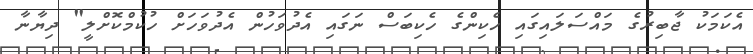
އެކަމަކު ޖާބިރުގެ މައްސަލައިގައި ހެކިންގެ ހެކިބަސް ނަގައި އެދުވަހުން އެދުވަހަށް ހުކުމްކޮށްލީ" ދިޔާނާ